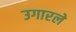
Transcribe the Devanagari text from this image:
उगारले